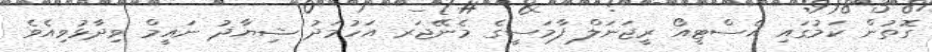
ގޮތުން ކަމުގައި އެސްޓީއޯ ރީޖަނަލް ފާމަސީގެ މެނޭޖަރ އަހުމަދު ޝިޔާޛު ނައީމް ވިދާޅުވިއެވެ